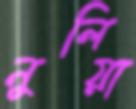
নুলিয়া